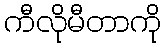
ကီလိုမီတာကို